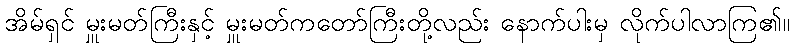
အိမ်ရှင် မှူးမတ်ကြီးနှင့် မှူးမတ်ကတော်ကြီးတို့လည်း နောက်ပါးမှ လိုက်ပါလာကြ၏။